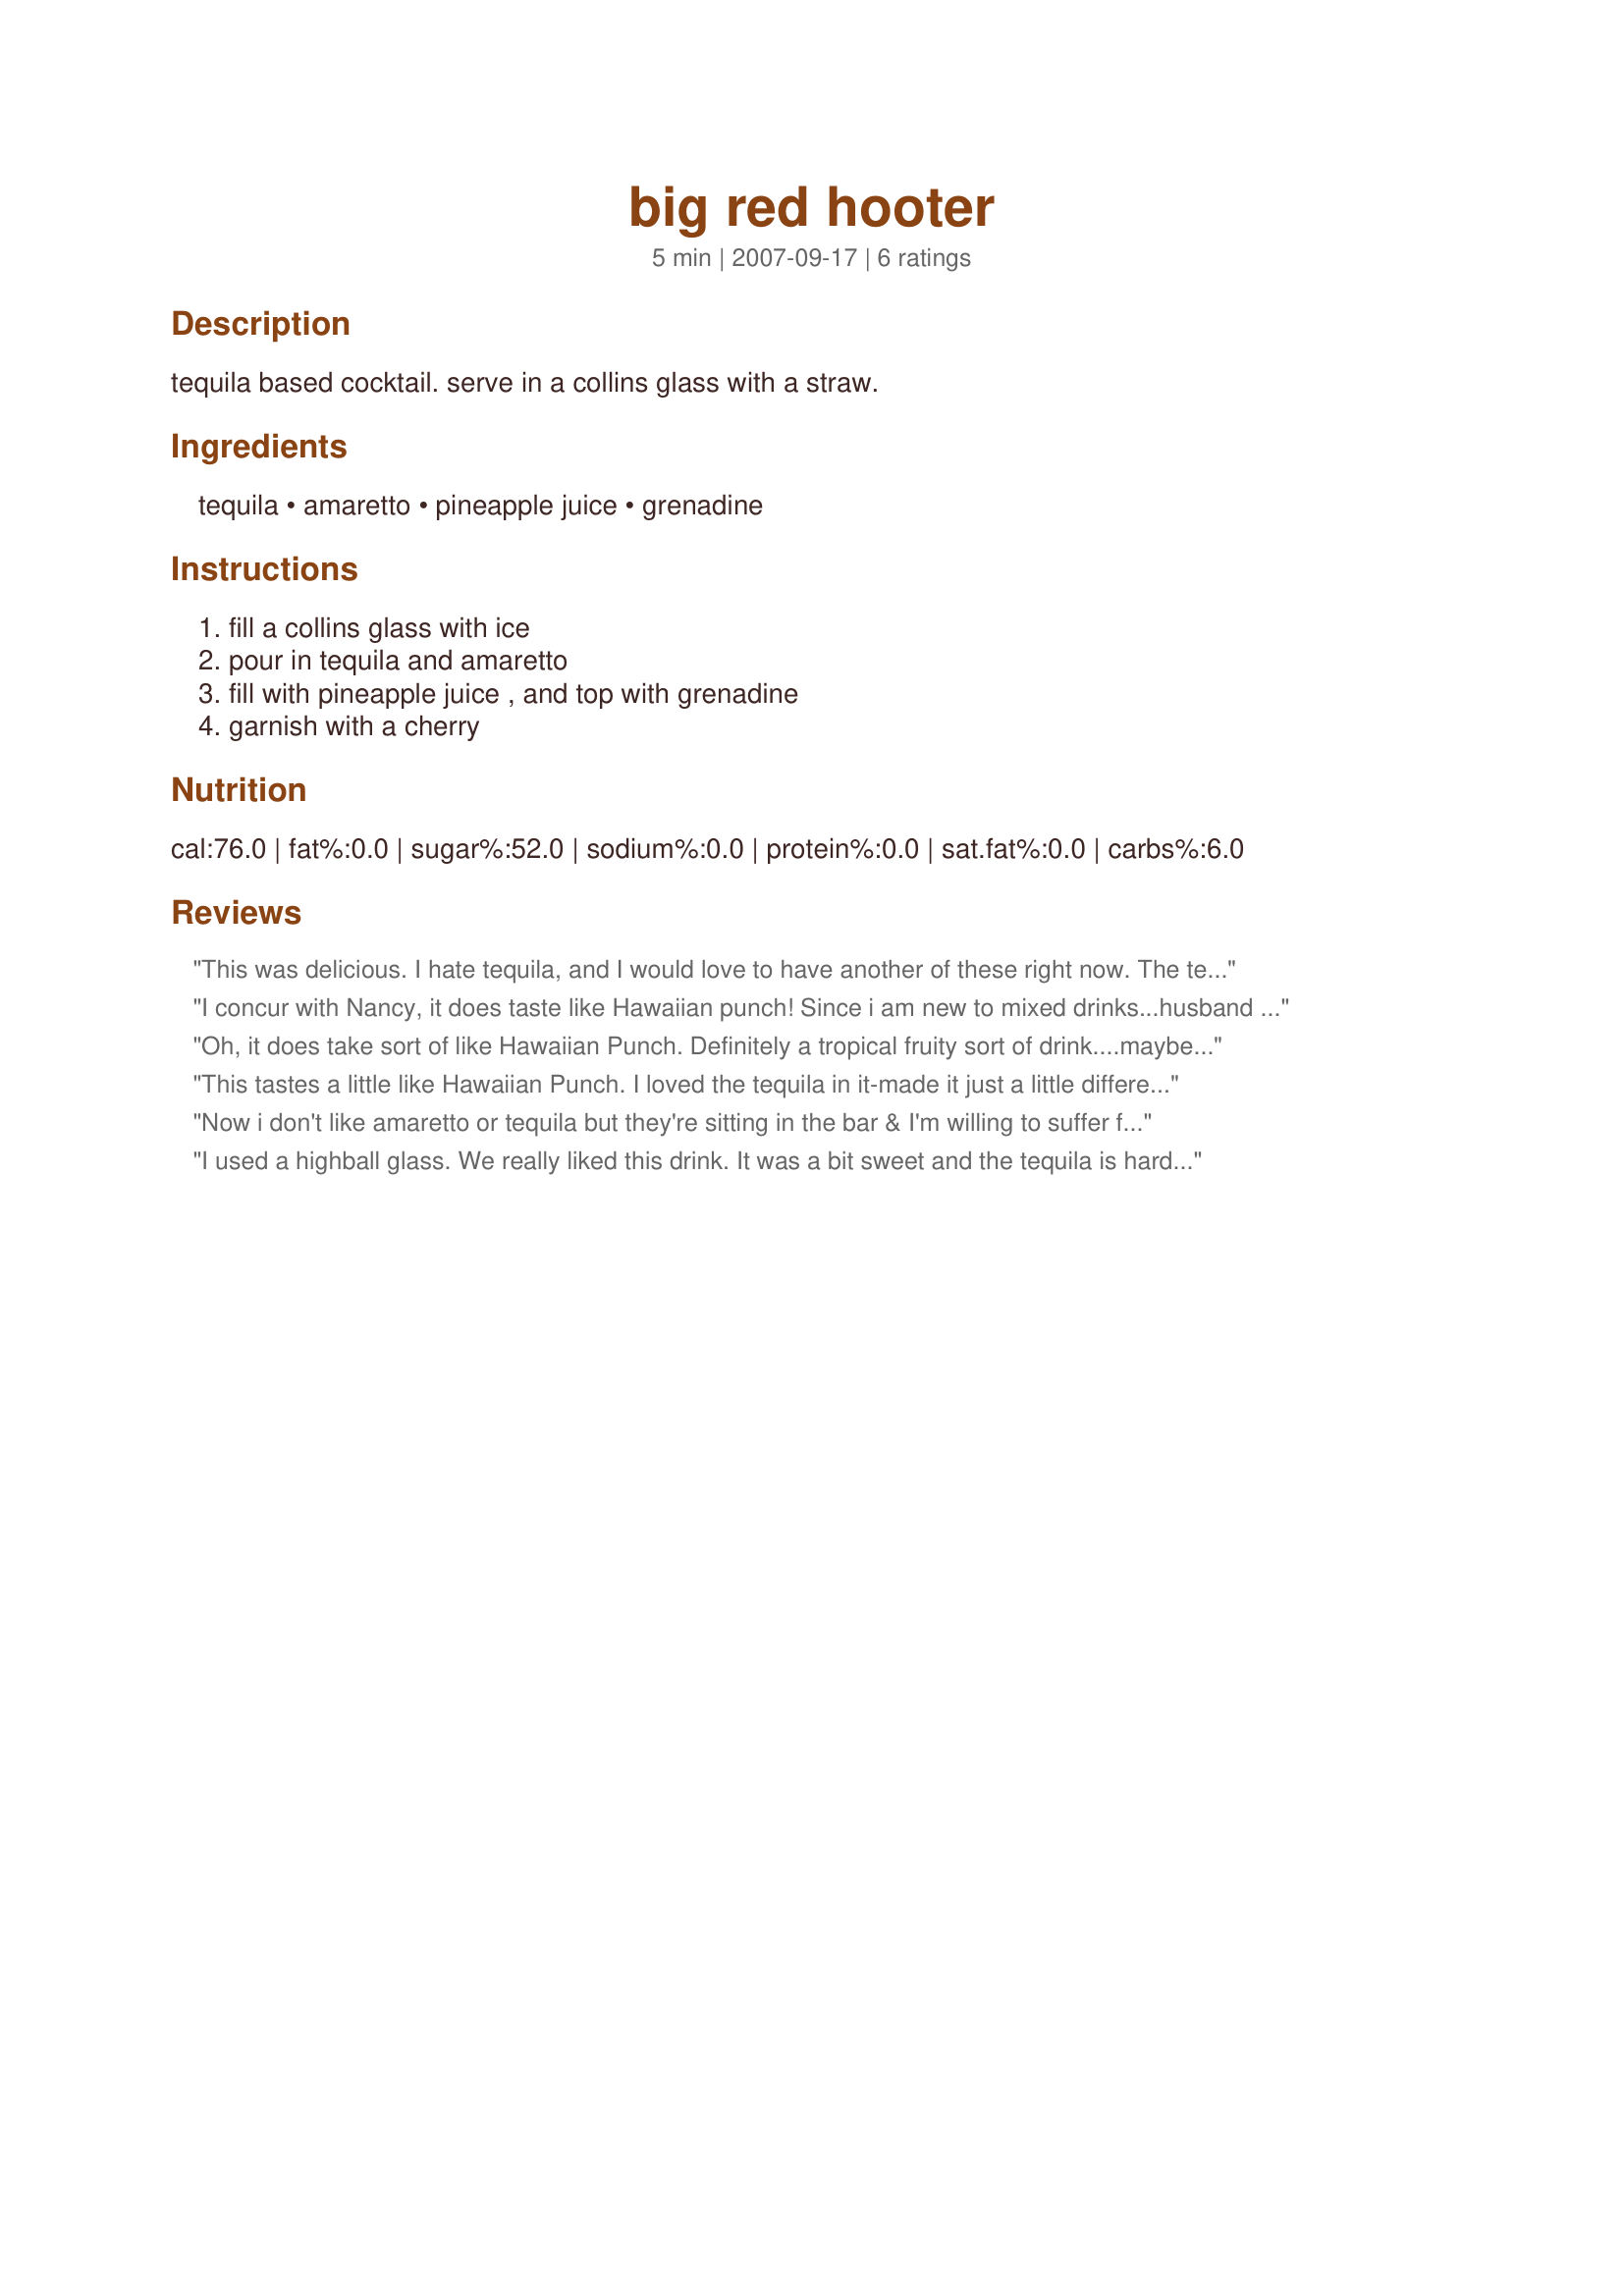
big red hooter
Preparation time: 5 minutes

tequila based cocktail. serve in a collins glass with a straw.

Ingredients:
tequila, amaretto, pineapple juice, grenadine

Steps:
fill a collins glass with ice, pour in tequila and amaretto, fill with pineapple juice , and top with grenadine, garnish with a cherry

Reviews:
This was delicious. I hate tequila, and I would love to have another of these right now. The tequila is there, but this is definitely a drink for those of us not fond of the flavor of it.
I concur with Nancy, it does taste like Hawaiian punch! Since i am new to mixed drinks...husband was warning me that Tequila tastes like butt so I was glad that this was so sweet and fruity. LOL. Enjoying this very much. First birthday drink down and hopefully more to go. Made for ZWT4.
Oh, it does take sort of like Hawaiian Punch. Definitely a tropical fruity sort of drink....maybe for the beach in Italy??? Thanks, it is definitely one I would make again. I did cut back on the grenadine just a bit....
This tastes a little like Hawaiian Punch. I loved the tequila in it-made it just a little different than the usual cocktail! Cheers Amanda!
Now i don't like amaretto or tequila but they're sitting in the bar & I'm willing to suffer for my ZWT teammates so gave this one a go. I used half the amount of grenadine and a lot of pine juice to help dull the flavours I don't like. I could still taste the amaretto slightly but not enough to offend the taste buds. this was a nice fruity mix that disguises the flavours I don't like wonderfully.
I used a highball glass. We really liked this drink. It was a bit sweet and the tequila is hard to taste. Thanks Amanda. Made for Beverage tag.
